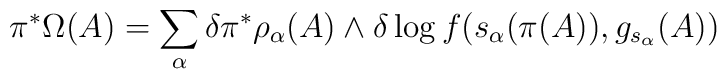
\pi ^\ast \Omega (A) =  \sum _{\alpha}\delta\pi ^\ast  \rho _{\alpha}(A)\wedge \delta\log f(s _\alpha (\pi (A)),g_{s_\alpha }(A))